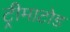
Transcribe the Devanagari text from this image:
ट्रीमाटोड